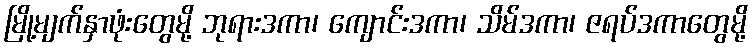
မြို့မျက်နှာဖုံးတွေမို့ ဘုရားဒကာ၊ ကျောင်းဒကာ၊ သိမ်ဒကာ၊ ဇရပ်ဒကာတွေမို့